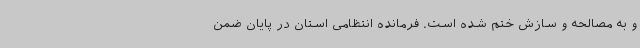
و به مصالحه و سازش ختم شده است. فرمانده انتظامی استان در پایان ضمن